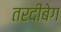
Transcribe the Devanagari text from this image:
तरदीबेग